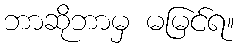
ဘာဆိုဘာမှ မမြင်ရ။